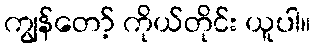
ကျွန်တော့် ကိုယ်တိုင်း ယူပါ။